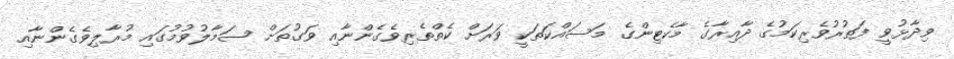
ވިދާޅުވީ ފަތުރުވެރިކަމުގެ ދާއިރާގެ މާކެޓިންގެ މަސައްކަތަކީ ވަރަށް ކެތްތެރިވެގެންނާއި ވަގުތަށް ސަމާލުވުމުގައި މުރާލިވެގެންނާއި